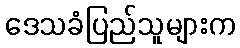
ဒေသခံပြည်သူများက